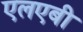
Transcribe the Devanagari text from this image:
एलएबी